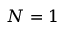
N = 1